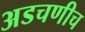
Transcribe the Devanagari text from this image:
अडचणीच